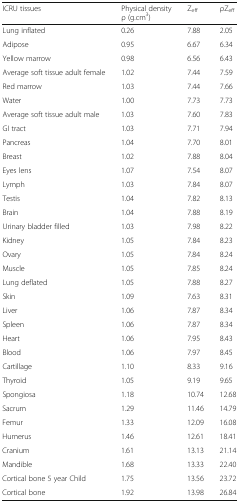
<table><thead><tr><td><b>ICRU tissues</b></td><td><b>Physical density ρ (g.cm<sup>3</sup>)</b></td><td><b>Z<sub>eff</sub></b></td><td><b>ρZ<sub>eff</sub></b></td></tr></thead><tbody><tr><td>Lung inflated</td><td>0.26</td><td>7.88</td><td>2.05</td></tr><tr><td>Adipose</td><td>0.95</td><td>6.67</td><td>6.34</td></tr><tr><td>Yellow marrow</td><td>0.98</td><td>6.56</td><td>6.43</td></tr><tr><td>Average soft tissue adult female</td><td>1.02</td><td>7.44</td><td>7.59</td></tr><tr><td>Red marrow</td><td>1.03</td><td>7.44</td><td>7.66</td></tr><tr><td>Water</td><td>1.00</td><td>7.73</td><td>7.73</td></tr><tr><td>Average soft tissue adult male</td><td>1.03</td><td>7.60</td><td>7.83</td></tr><tr><td>GI tract</td><td>1.03</td><td>7.71</td><td>7.94</td></tr><tr><td>Pancreas</td><td>1.04</td><td>7.70</td><td>8.01</td></tr><tr><td>Breast</td><td>1.02</td><td>7.88</td><td>8.04</td></tr><tr><td>Eyes lens</td><td>1.07</td><td>7.54</td><td>8.07</td></tr><tr><td>Lymph</td><td>1.03</td><td>7.84</td><td>8.07</td></tr><tr><td>Testis</td><td>1.04</td><td>7.82</td><td>8.13</td></tr><tr><td>Brain</td><td>1.04</td><td>7.88</td><td>8.19</td></tr><tr><td>Urinary bladder filled</td><td>1.03</td><td>7.98</td><td>8.22</td></tr><tr><td>Kidney</td><td>1.05</td><td>7.84</td><td>8.23</td></tr><tr><td>Ovary</td><td>1.05</td><td>7.84</td><td>8.24</td></tr><tr><td>Muscle</td><td>1.05</td><td>7.85</td><td>8.24</td></tr><tr><td>Lung deflated</td><td>1.05</td><td>7.88</td><td>8.27</td></tr><tr><td>Skin</td><td>1.09</td><td>7.63</td><td>8.31</td></tr><tr><td>Liver</td><td>1.06</td><td>7.87</td><td>8.34</td></tr><tr><td>Spleen</td><td>1.06</td><td>7.87</td><td>8.34</td></tr><tr><td>Heart</td><td>1.06</td><td>7.95</td><td>8.43</td></tr><tr><td>Blood</td><td>1.06</td><td>7.97</td><td>8.45</td></tr><tr><td>Cartillage</td><td>1.10</td><td>8.33</td><td>9.16</td></tr><tr><td>Thyroid</td><td>1.05</td><td>9.19</td><td>9.65</td></tr><tr><td>Spongiosa</td><td>1.18</td><td>10.74</td><td>12.68</td></tr><tr><td>Sacrum</td><td>1.29</td><td>11.46</td><td>14.79</td></tr><tr><td>Femur</td><td>1.33</td><td>12.09</td><td>16.08</td></tr><tr><td>Humerus</td><td>1.46</td><td>12.61</td><td>18.41</td></tr><tr><td>Cranium</td><td>1.61</td><td>13.13</td><td>21.14</td></tr><tr><td>Mandible</td><td>1.68</td><td>13.33</td><td>22.40</td></tr><tr><td>Cortical bone 5 year Child</td><td>1.75</td><td>13.56</td><td>23.72</td></tr><tr><td>Cortical bone</td><td>1.92</td><td>13.98</td><td>26.84</td></tr></tbody></table>